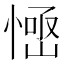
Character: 𢞳